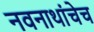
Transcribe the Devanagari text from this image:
नवनाथांचेच